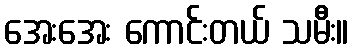
အေးအေး ကောင်းတယ် သမီး။